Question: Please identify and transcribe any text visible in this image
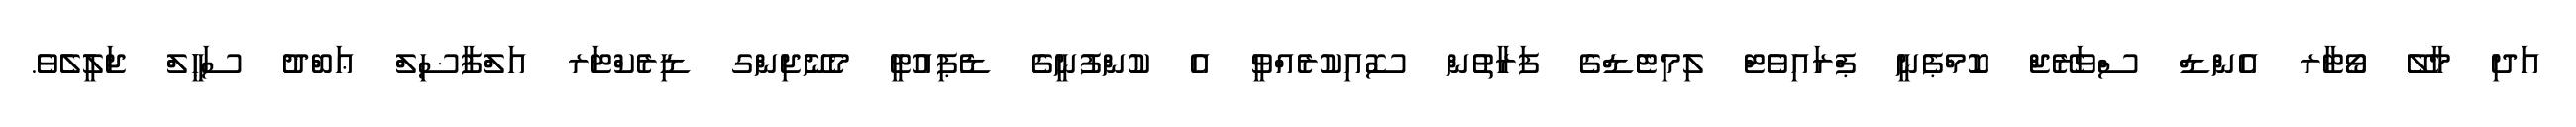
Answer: އަދި މާލޭ ވޯޓާރ އެންޑް ސްވަރޭޖް ކޮމްޕެނީ ޕްރައިވެޓް ލިމިޓެޑްގެ ފަރާތުން ސޮއިކުރެއްވީ އެ ކުންފުނީގެ ޑެޕިއުޓީ މެނޭޖިންގ ޑިރެކްޓަރ އަލްފާޟިލް ޢަބްދު ސަޙީލް ޖަލީލެވެ.